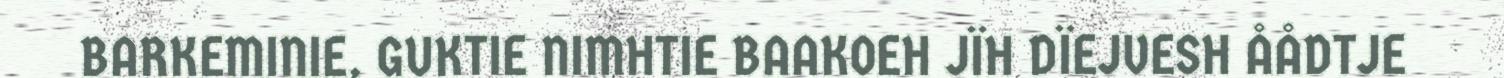
BARKEMINIE, GUKTIE NIMHTIE BAAKOEH JÏH DÏEJVESH ÅÅDTJE